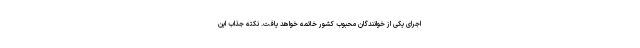
اجرای یکی از خوانندگان محبوب کشور خاتمه خواهد یافت. نکته جذاب این